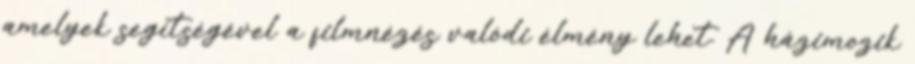
amelyek segítségével a filmnézés valódi élmény lehet. A házimozik